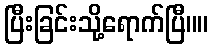
ပြီးခြင်းသို့ရောက်ပြီ။။